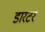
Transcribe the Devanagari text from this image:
डारटर